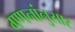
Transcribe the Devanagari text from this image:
गणनांनुसार